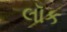
લૉક